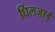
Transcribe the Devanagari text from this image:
घिलज़ाई